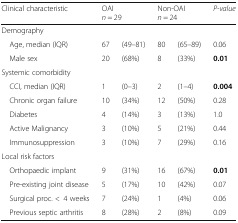
| Clinical characteristic | <COLSPAN=2> OAIn = 29 | <COLSPAN=2> Non-OAIn = 24 | P-value |
 | --- | --- | --- | --- | --- | --- |
 | <COLSPAN=6> Demography |
 | Age, median (IQR) | 67 | (49–81) | 80 | (65–89) | 0.06 |
 | Male sex | 20 | (68%) | 8 | (33%) | 0.01 |
 | <COLSPAN=6> Systemic comorbidity |
 | CCI, median (IQR) | 1 | (0–3) | 2 | (1–4) | 0.004 |
 | Chronic organ failure | 10 | (34%) | 12 | (50%) | 0.28 |
 | Diabetes | 4 | (14%) | 3 | (13%) | 1.0 |
 | Active Malignancy | 3 | (10%) | 5 | (21%) | 0.44 |
 | Immunosuppression | 3 | (10%) | 7 | (29%) | 0.16 |
 | <COLSPAN=6> Local risk factors |
 | Orthopaedic implant | 9 | (31%) | 16 | (67%) | 0.01 |
 | Pre-existing joint disease | 5 | (17%) | 10 | (42%) | 0.07 |
 | Surgical proc. <4 weeks | 7 | (24%) | 1 | (4%) | 0.06 |
 | Previous septic arthritis | 8 | (28%) | 2 | (8%) | 0.09 |